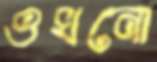
ওখনো